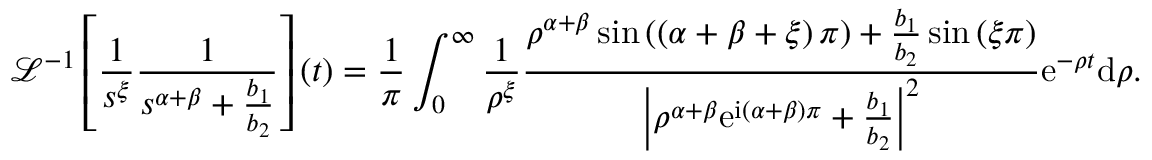
\mathcal { L } ^ { - 1 } \left[ \frac { 1 } { s ^ { \xi } } \frac { 1 } { s ^ { \alpha + \beta } + \frac { b _ { 1 } } { b _ { 2 } } } \right] \left( t \right) = \frac { 1 } { \pi } \int _ { 0 } ^ { \infty } \frac { 1 } { \rho ^ { \xi } } \frac { \rho ^ { \alpha + \beta } \sin \left( \left( \alpha + \beta + \xi \right) \pi \right) + \frac { b _ { 1 } } { b _ { 2 } } \sin \left( \xi \pi \right) } { \left\vert \rho ^ { \alpha + \beta } \mathrm { e } ^ { \mathrm { i } \left( \alpha + \beta \right) \pi } + \frac { b _ { 1 } } { b _ { 2 } } \right\vert ^ { 2 } } \mathrm { e } ^ { - \rho t } \mathrm { d } \rho .